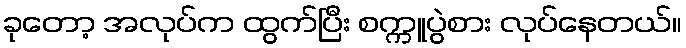
ခုတော့ အလုပ်က ထွက်ပြီး စက္ကူပွဲစား လုပ်နေတယ်။